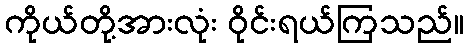
ကိုယ်တို့အားလုံး ဝိုင်းရယ်ကြသည်။